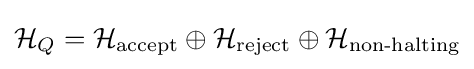
{\mathcal {H}}_{Q}={\mathcal {H}}_{\text{accept}}\oplus {\mathcal {H}}_{\text{reject}}\oplus {\mathcal {H}}_{\text{non-halting}}